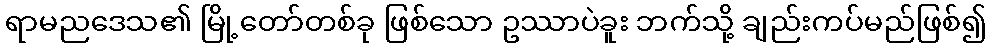
ရာမညဒေသ၏ မြို့တော်တစ်ခု ဖြစ်သော ဥဿာပဲခူး ဘက်သို့ ချည်းကပ်မည်ဖြစ်၍